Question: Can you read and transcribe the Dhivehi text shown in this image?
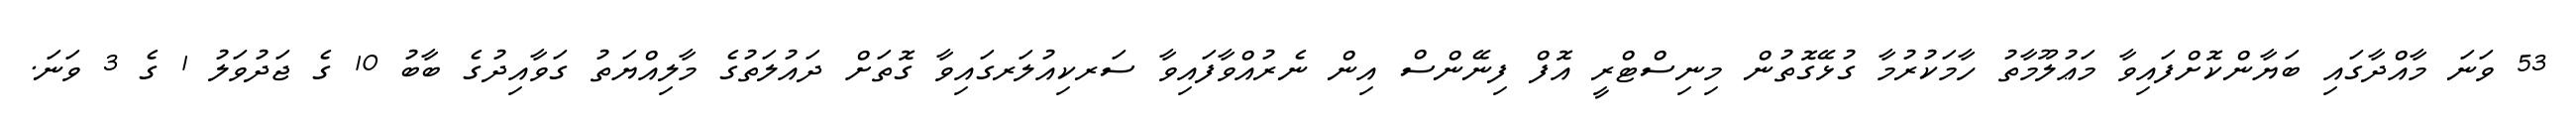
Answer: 53 ވަނަ މާއްދާގައި ބަޔާންކޮށްފައިވާ މަޢުލޫމާތު ހާމަކުރުމާ ގުޅޭގޮތުން މިނިސްޓްރީ އޮފް ފިނޭންސް އިން ނެރުއްވާފައިވާ ސަރކިއުލަރގައިވާ ގޮތަށް ދައުލަތުގެ މާލިއްޔަތު ގަވާއިދުގެ ބާބު 10 ގެ ޖަދުވަލު 1 ގެ 3 ވަނަ.